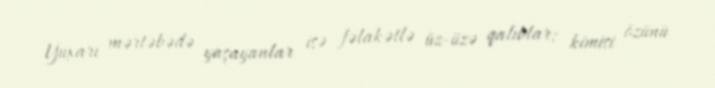
Yuxarı mərtəbədə yaşayanlar isə fəlakətlə üz-üzə qalıblar; kimisi özünü